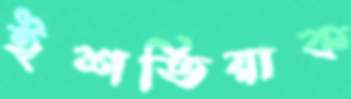
ইশতিয়াক